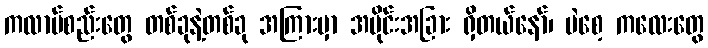
ကလာပ်စည်းတွေ တစ်ခုနဲ့တစ်ခု အကြားမှာ အပိုင်းအခြား ရှိတယ်နော်၊ ပဲစေ့ ကလေးတွေ